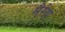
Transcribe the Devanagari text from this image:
मैरेय